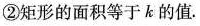
②矩形的面积等于k的值。